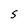
Character: S